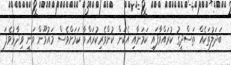
ބަދަލުތަކެއް ތަސްދީގު ކުރައްވާފައި ކަމަށާއި އެކަން ކުށްވެރިކުރައްވާ ކަމަށްވެސް މައުމޫން ވަނީ ވިދާޅުވެފަ